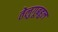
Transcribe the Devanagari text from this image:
तेलुगूबहुल